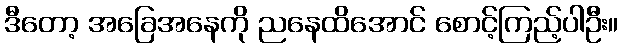
ဒီတော့ အခြေအနေကို ညနေထိအောင် စောင့်ကြည့်ပါဦး။